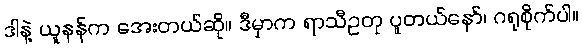
ဒါနဲ့ ယူနန်က အေးတယ်ဆို။ ဒီမှာက ရာသီဥတု ပူတယ်နော်၊ ဂရုစိုက်ပါ။